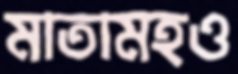
মাতামহও